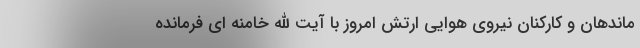
ماندهان و کارکنان نیروی هوایی ارتش امروز با آیت الله خامنه اي فرمانده